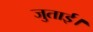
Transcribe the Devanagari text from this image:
जुताई।